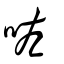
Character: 咗